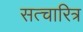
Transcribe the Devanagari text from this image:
सत्चारित्र